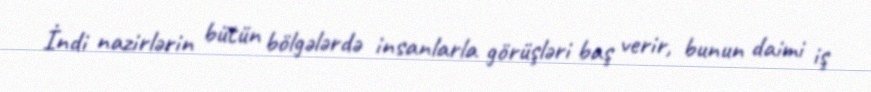
İndi nazirlərin bütün bölgələrdə insanlarla görüşləri baş verir, bunun daimi iş